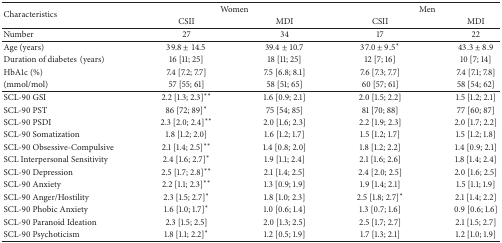
<table><thead><tr><td rowspan="2"><b>Characteristics</b></td><td colspan="2"><b>Women</b></td><td colspan="2"><b>Men</b></td></tr><tr><td><b>CSII</b></td><td><b>MDI</b></td><td><b>CSII</b></td><td><b>MDI</b></td></tr></thead><tbody><tr><td>Number</td><td>27</td><td>34</td><td>17</td><td>22</td></tr><tr><td>Age (years)</td><td>39.8 ± 14.5</td><td>39.4 ± 10.7</td><td>37.0 ± 9.5*</td><td>43.3 ± 8.9</td></tr><tr><td>Duration of diabetes(years)</td><td>16 [11; 25]</td><td>18 [11; 25]</td><td>12 [7; 16]</td><td>10 [7; 14]</td></tr><tr><td>HbA1c (%) </td><td>7.4 [7.2; 7.7]</td><td>7.5 [6.8; 8.1]</td><td>7.6 [7.3; 7.7]</td><td>7.4 [7.1; 7.8]</td></tr><tr><td>(mmol/mol)</td><td>57 [55; 61] </td><td>58 [51; 65]</td><td>60 [57; 61]</td><td>58 [54; 62]</td></tr><tr><td>SCL-90 GSI</td><td>2.2 [1.3; 2.3]**</td><td>1.6 [0.9; 2.1]</td><td>2.0 [1.5; 2.2]</td><td>1.5 [1.2; 2.1]</td></tr><tr><td>SCL-90 PST</td><td>86 [72; 89]*</td><td>75 [54; 85]</td><td>81 [70; 88]</td><td>77 [60; 87]</td></tr><tr><td>SCL-90 PSDI</td><td>2.3 [2.0; 2.4]**</td><td>2.0 [1.6; 2.3]</td><td>2.2 [1.9; 2.3]</td><td>2.0 [1.7; 2.2]</td></tr><tr><td>SCL-90 Somatization</td><td>1.8 [1.2; 2.0]</td><td>1.6 [1.2; 1.7]</td><td>1.5 [1.2; 1.7]</td><td>1.5 [1.2; 1.8]</td></tr><tr><td>SCL-90 Obsessive-Compulsive </td><td>2.1 [1.4; 2.5]**</td><td>1.4 [0.8; 2.0]</td><td>1.8 [1.2; 2.2]</td><td>1.4 [0.9; 2.1]</td></tr><tr><td>SCL Interpersonal Sensitivity</td><td>2.4 [1.6; 2.7]*</td><td>1.9 [1.1; 2.4]</td><td>2.1 [1.6; 2.6]</td><td>1.8 [1.4; 2.4]</td></tr><tr><td>SCL-90 Depression</td><td>2.5 [1.7; 2.8]**</td><td>2.1 [1.4; 2.5]</td><td>2.4 [2.0; 2.5]</td><td>2.0 [1.6; 2.5]</td></tr><tr><td>SCL-90 Anxiety</td><td>2.2 [1.1; 2.3]**</td><td>1.3 [0.9; 1.9]</td><td>1.9 [1.4; 2.1]</td><td>1.5 [1.1; 1.9]</td></tr><tr><td>SCL-90 Anger/Hostility</td><td>2.3 [1.5; 2.7]*</td><td>1.8 [1.0; 2.3]</td><td>2.5 [1.8; 2.7]*</td><td>2.1 [1.4; 2.2]</td></tr><tr><td>SCL-90 Phobic Anxiety</td><td>1.6 [1.0; 1.7]*</td><td>1.0 [0.6; 1.4]</td><td>1.3 [0.7; 1.6]</td><td>0.9 [0.6; 1.6]</td></tr><tr><td>SCL-90 Paranoid Ideation</td><td>2.3 [1.5; 2.5]</td><td>2.0 [1.3; 2.5]</td><td>2.5 [1.7; 2.7]</td><td>2.1 [1.5; 2.7]</td></tr><tr><td>SCL-90 Psychoticism</td><td>1.8 [1.1; 2.2]*</td><td>1.2 [0.5; 1.9]</td><td>1.7 [1.3; 2.1]</td><td>1.2 [1.0; 1.9]</td></tr></tbody></table>